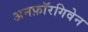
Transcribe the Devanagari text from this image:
अनफ़ॉरगिवेन